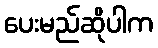
ပေးမည်ဆိုပါက